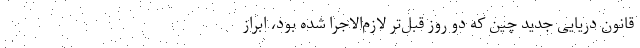
قانون دریایی جدید چین که دو روز قبل‌تر لازم‌الاجرا شده بود، ابراز